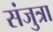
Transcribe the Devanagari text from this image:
संजुत्रा